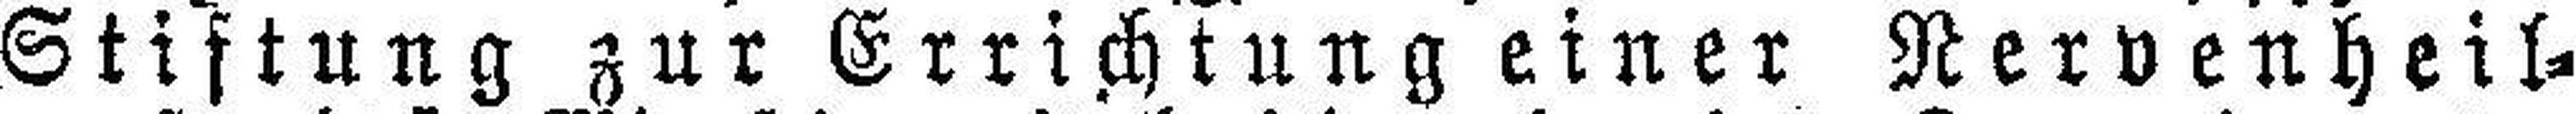
Stiftung zur Errichtung einer Nervenheil¬